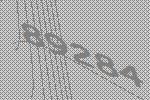
89284